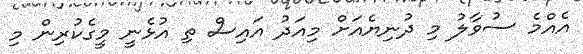
އެއްމެ ސުވާލު މި ދުނިޔެއަށް މިއަދު އައިސް ތި އުޅެނީ މީގެކުރިން މި